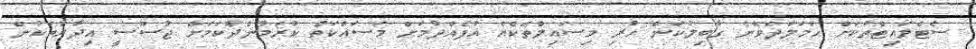
ސެޓެލައިޓްތަކަށް ހަމަލާދެވޭނެ ގާބިލުކަން ހުރި މިސައިލްތަކެއް އުފެއްދުމަށް މަސައްކަތް ކުރަމުންދާކަމަށް ޖާސޫސީ އިދާރާތަކުން